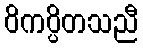
ဝိကပ္ပိတသညီ